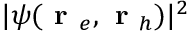
| \psi ( \textbf { r } _ { e } , \textbf { r } _ { h } ) | ^ { 2 }